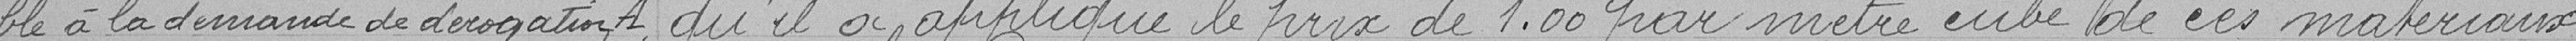
=ble à la demande de dérogation. qu'il a appliqué le prix de 1.00 par mètre cube de ces matériaux.